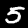
Digit: 5